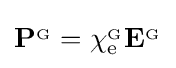
\mathbf {P} ^{_{\mathrm {G} }}=\chi _{\mathrm {e} }^{_{\mathrm {G} }}\mathbf {E} ^{_{\mathrm {G} }}